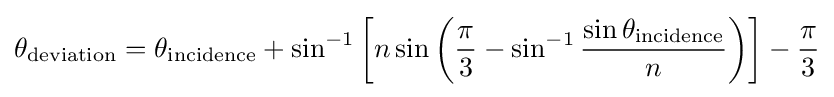
\theta _{\text{deviation}}=\theta _{\text{incidence}}+\sin ^{-1}\left[n\sin \left({\frac {\pi }{3}}-\sin ^{-1}{\frac {\sin \theta _{\text{incidence}}}{n}}\right)\right]-{\frac {\pi }{3}}